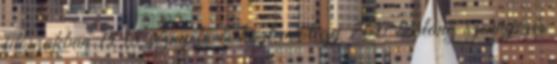
időszakban 1138 víznyelő és közt mintegy 700 barlang szennyezés